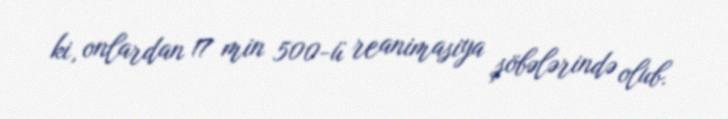
ki, onlardan 17 min 500-ü reanimasiya şöbələrində olub.